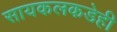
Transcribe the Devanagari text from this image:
सायकलकडेही